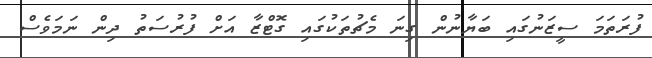
ފުރަތަމަ ސީޒަނުގައި ބަޔާނުން ގިނަ މެޗުތަކުގައި ގޮޓްޒާ އަށް ފުރުސަތު ދިން ނަމަވެސް